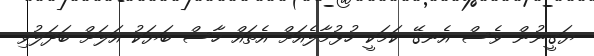
ޔަގީނުން ވެސް އެނގޭ ކަމަކީ ހުޅުމާލެއަށް އެތައް ހާސް ބަޔަކު އަލަށް ބަދަލުވި